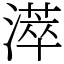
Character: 㵏